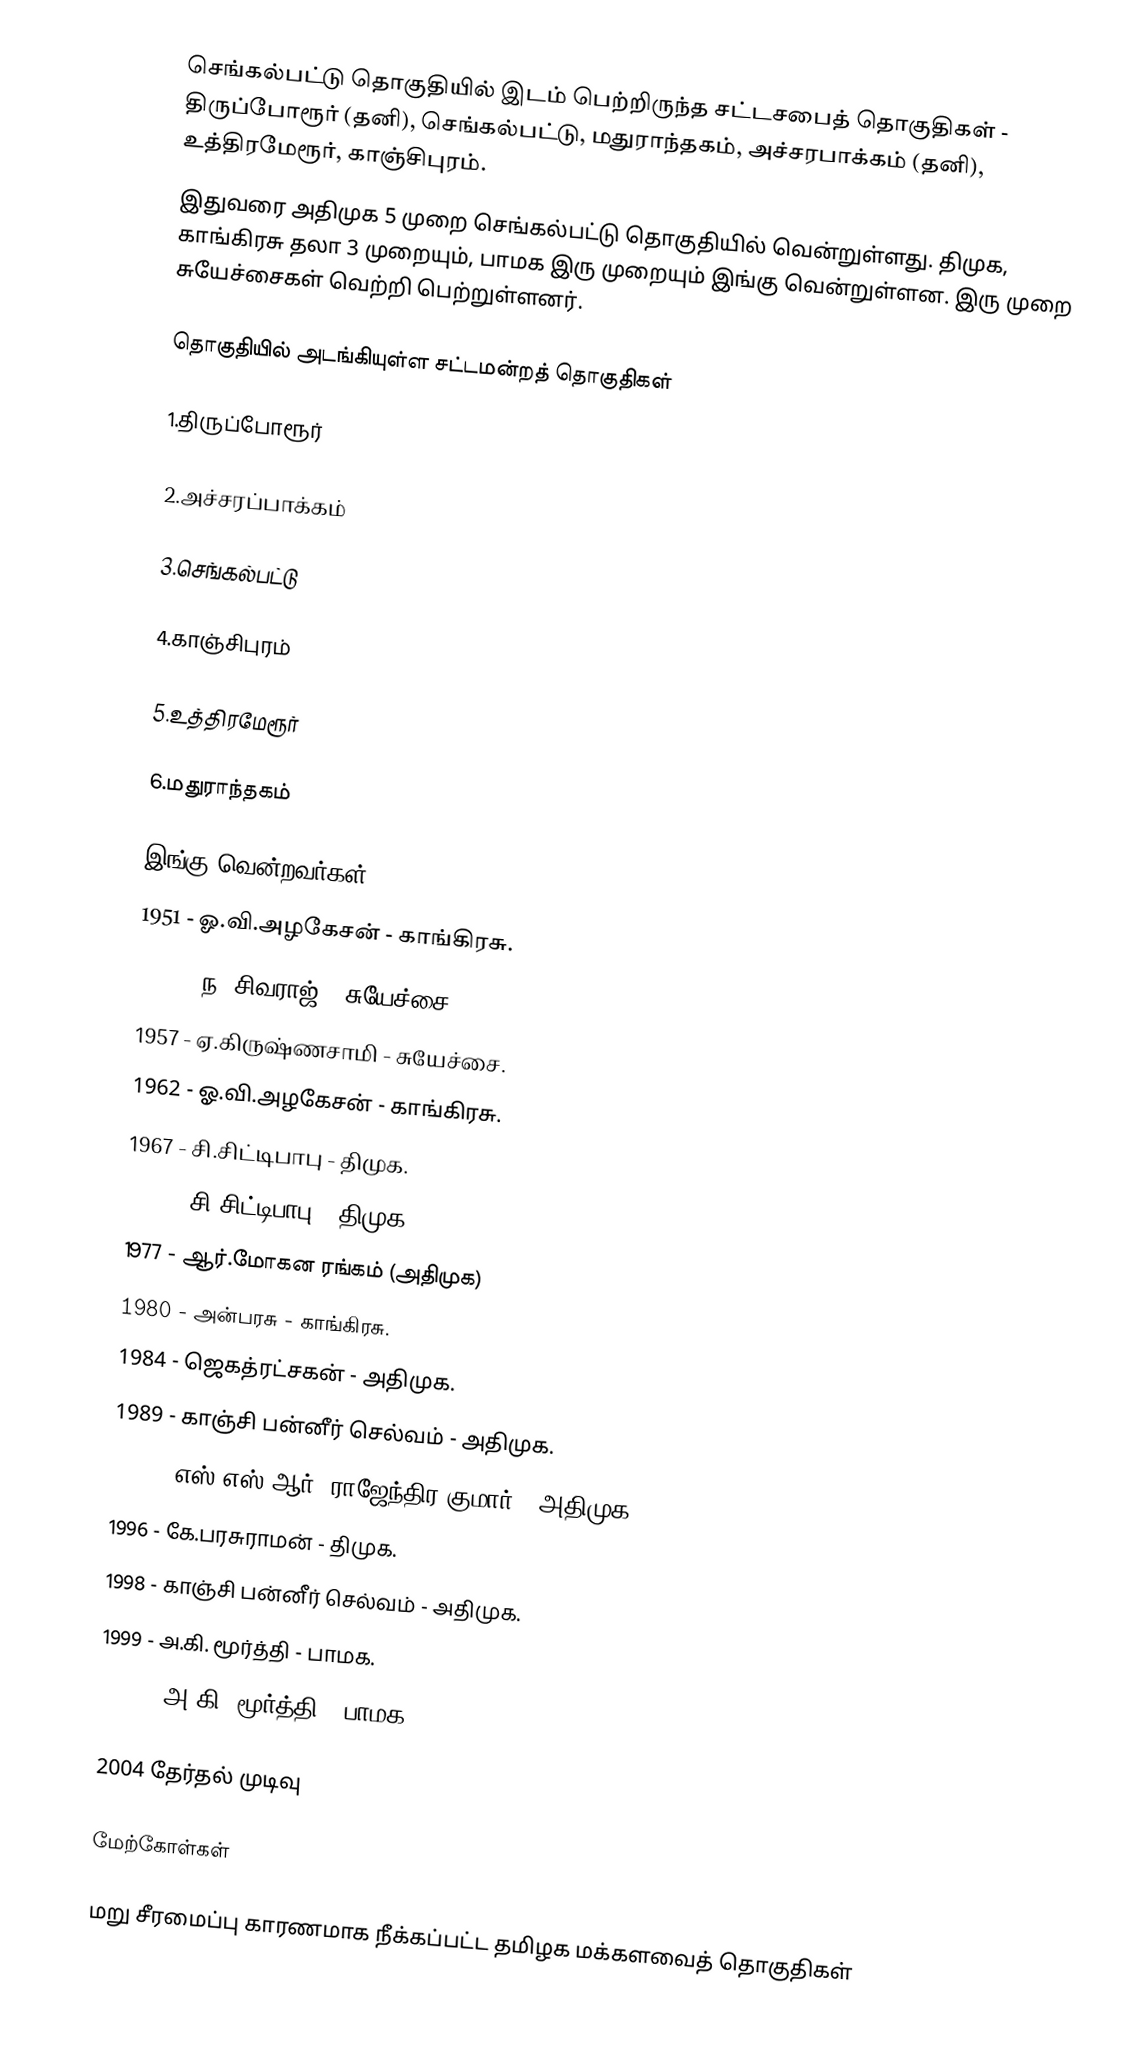
செங்கல்பட்டு தொகுதியில் இடம் பெற்றிருந்த சட்டசபைத் தொகுதிகள் - திருப்போரூர் (தனி), செங்கல்பட்டு, மதுராந்தகம், அச்சரபாக்கம் (தனி), உத்திரமேரூர், காஞ்சிபுரம்.
இதுவரை அதிமுக 5 முறை செங்கல்பட்டு தொகுதியில் வென்றுள்ளது. திமுக, காங்கிரசு தலா 3 முறையும், பாமக இரு முறையும் இங்கு வென்றுள்ளன. இரு முறை சுயேச்சைகள் வெற்றி பெற்றுள்ளனர்.

தொகுதியில் அடங்கியுள்ள சட்டமன்றத் தொகுதிகள்

1.திருப்போரூர்

2.அச்சரப்பாக்கம்

3.செங்கல்பட்டு

4.காஞ்சிபுரம்

5.உத்திரமேரூர்

6.மதுராந்தகம்

இங்கு வென்றவர்கள்
1951 - ஓ.வி.அழகேசன் - காங்கிரசு.
1957 - ந. சிவராஜ் - சுயேச்சை.
1957 - ஏ.கிருஷ்ணசாமி - சுயேச்சை.
1962 - ஓ.வி.அழகேசன் - காங்கிரசு.
1967 - சி.சிட்டிபாபு - திமுக.
1971 - சி.சிட்டிபாபு - திமுக.
1977 - ஆர்.மோகன ரங்கம் (அதிமுக)
1980 - அன்பரசு - காங்கிரசு.
1984 - ஜெகத்ரட்சகன் - அதிமுக.
1989 - காஞ்சி பன்னீர் செல்வம் - அதிமுக.
1991 - எஸ்.எஸ்.ஆர். ராஜேந்திர குமார் - அதிமுக.
1996 - கே.பரசுராமன் - திமுக.
1998 - காஞ்சி பன்னீர் செல்வம் - அதிமுக.
1999 - அ.கி. மூர்த்தி - பாமக.
2004 - அ.கி. மூர்த்தி - பாமக.

2004 தேர்தல் முடிவு

மேற்கோள்கள்

மறு சீரமைப்பு காரணமாக நீக்கப்பட்ட தமிழக மக்களவைத் தொகுதிகள்